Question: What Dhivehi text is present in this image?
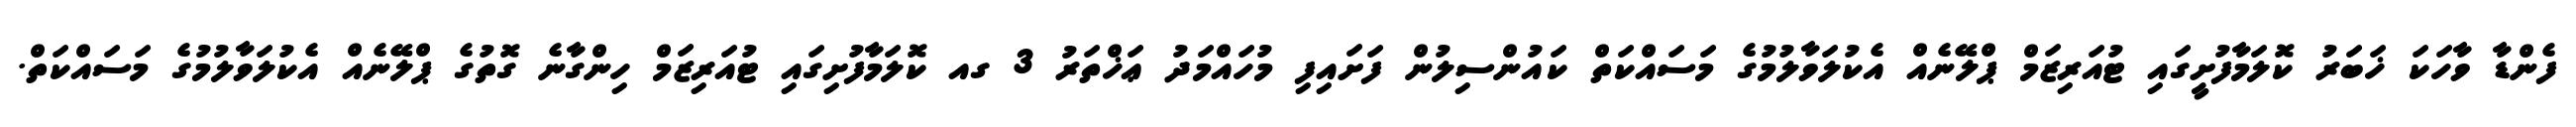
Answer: ފެންޑާ ވާހަކަ ޚަބަރު ކޮލަމާފުށީގައި ޓުއަރިޒަމް ޕްލޭނެއް އެކުލަވާލުމުގެ މަސައްކަތް ކައުންސިލުން ފަށައިފި މުހައްމަދު ޢަޚްތަރު 3 ގއ ކޮލަމާފުށިގައި ޓުއަރިޒަމް ހިންގާނެ ގޮތުގެ ޕްލޭނެއް އެކުލަވާލުމުގެ މަސައްކަތް.